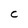
Character: C